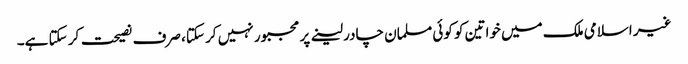
غیر اسلامی ملک میں خواتین کو کوئی مسلمان چادر لینے پر مجبور نہیں کر سکتا، صرف نصیحت کر سکتا ہے۔